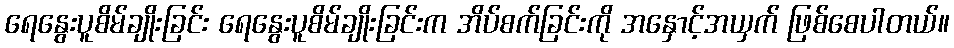
ရေနွေးပူစိမ်ချိုးခြင်း ရေနွေးပူစိမ်ချိုးခြင်းက အိပ်စက်ခြင်းကို အနှောင့်အယှက် ဖြစ်စေပါတယ်။